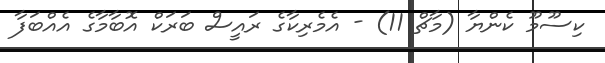
ކިސޫމޫ ކެންޔާ (މާޗް 11) - އެމެރިކާގެ ރައީސް ބަރަކް އޮބާމާގެ އެއްބަފާ